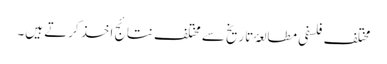
مختلف فلسفی مطالعۂ تاریخ سے مختلف نتائج اخذ کرتے ہیں۔